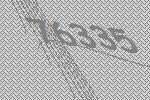
76335